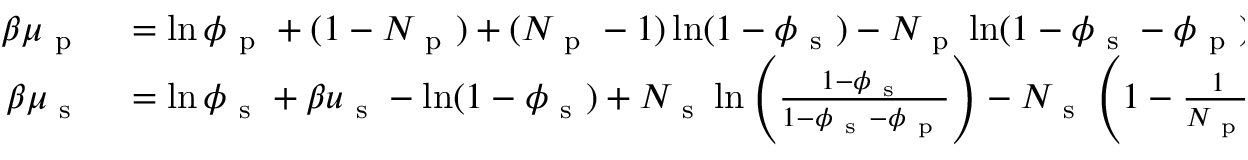
\begin{array} { r l } { \beta \mu _ { \mathrm { ~ p ~ } } } & { { } = \ln \phi _ { \mathrm { ~ p ~ } } + ( 1 - N _ { \mathrm { ~ p ~ } } ) + ( N _ { \mathrm { ~ p ~ } } - 1 ) \ln ( 1 - \phi _ { \mathrm { ~ s ~ } } ) - N _ { \mathrm { ~ p ~ } } \ln ( 1 - \phi _ { \mathrm { ~ s ~ } } - \phi _ { \mathrm { ~ p ~ } } ) + N _ { \mathrm { ~ p ~ } } \ln X _ { \mathrm { ~ p ~ } } , } \\ { \beta \mu _ { \mathrm { ~ s ~ } } } & { { } = \ln \phi _ { \mathrm { ~ s ~ } } + \beta u _ { \mathrm { ~ s ~ } } - \ln ( 1 - \phi _ { \mathrm { ~ s ~ } } ) + N _ { \mathrm { ~ s ~ } } \ln \left( \frac { 1 - \phi _ { \mathrm { ~ s ~ } } } { 1 - \phi _ { \mathrm { ~ s ~ } } - \phi _ { \mathrm { ~ p ~ } } } \right) - N _ { \mathrm { ~ s ~ } } \left( 1 - \frac { 1 } { N _ { \mathrm { ~ p ~ } } } \right) \frac { \phi _ { \mathrm { ~ p ~ } } } { 1 - \phi _ { \mathrm { ~ s ~ } } } + n \ln X _ { \mathrm { ~ s ~ } } . } \end{array}